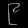
Digit: ၉